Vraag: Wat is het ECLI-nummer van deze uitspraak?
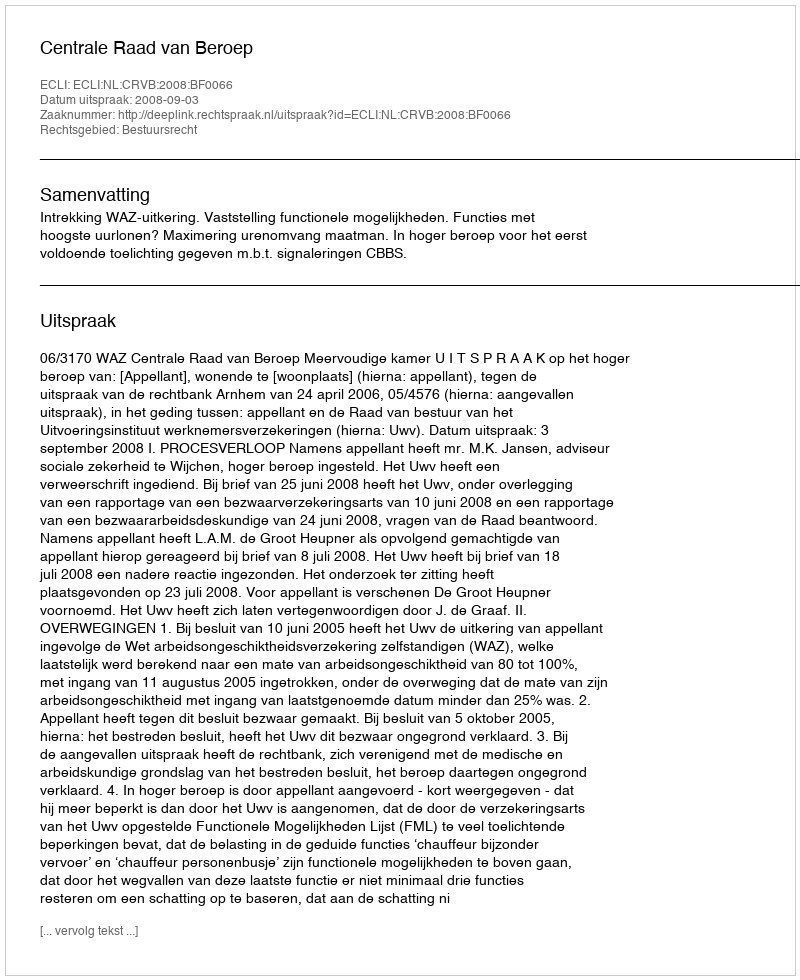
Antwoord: ECLI:NL:CRVB:2008:BF0066